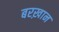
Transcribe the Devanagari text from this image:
बरख़ान